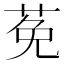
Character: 莬